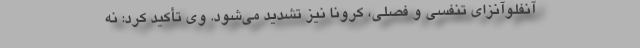
آنفلوآنزای تنفسی و فصلی، کرونا نیز تشدید می‌شود. وی تأکید کرد: نه